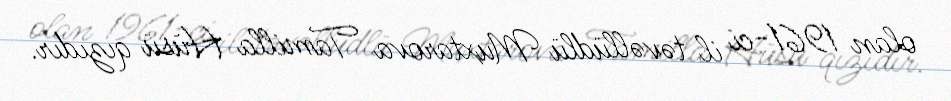
olan 1961-ci il təvəllüdlü Muxtarova Tamilla Hüsü qızıdır.